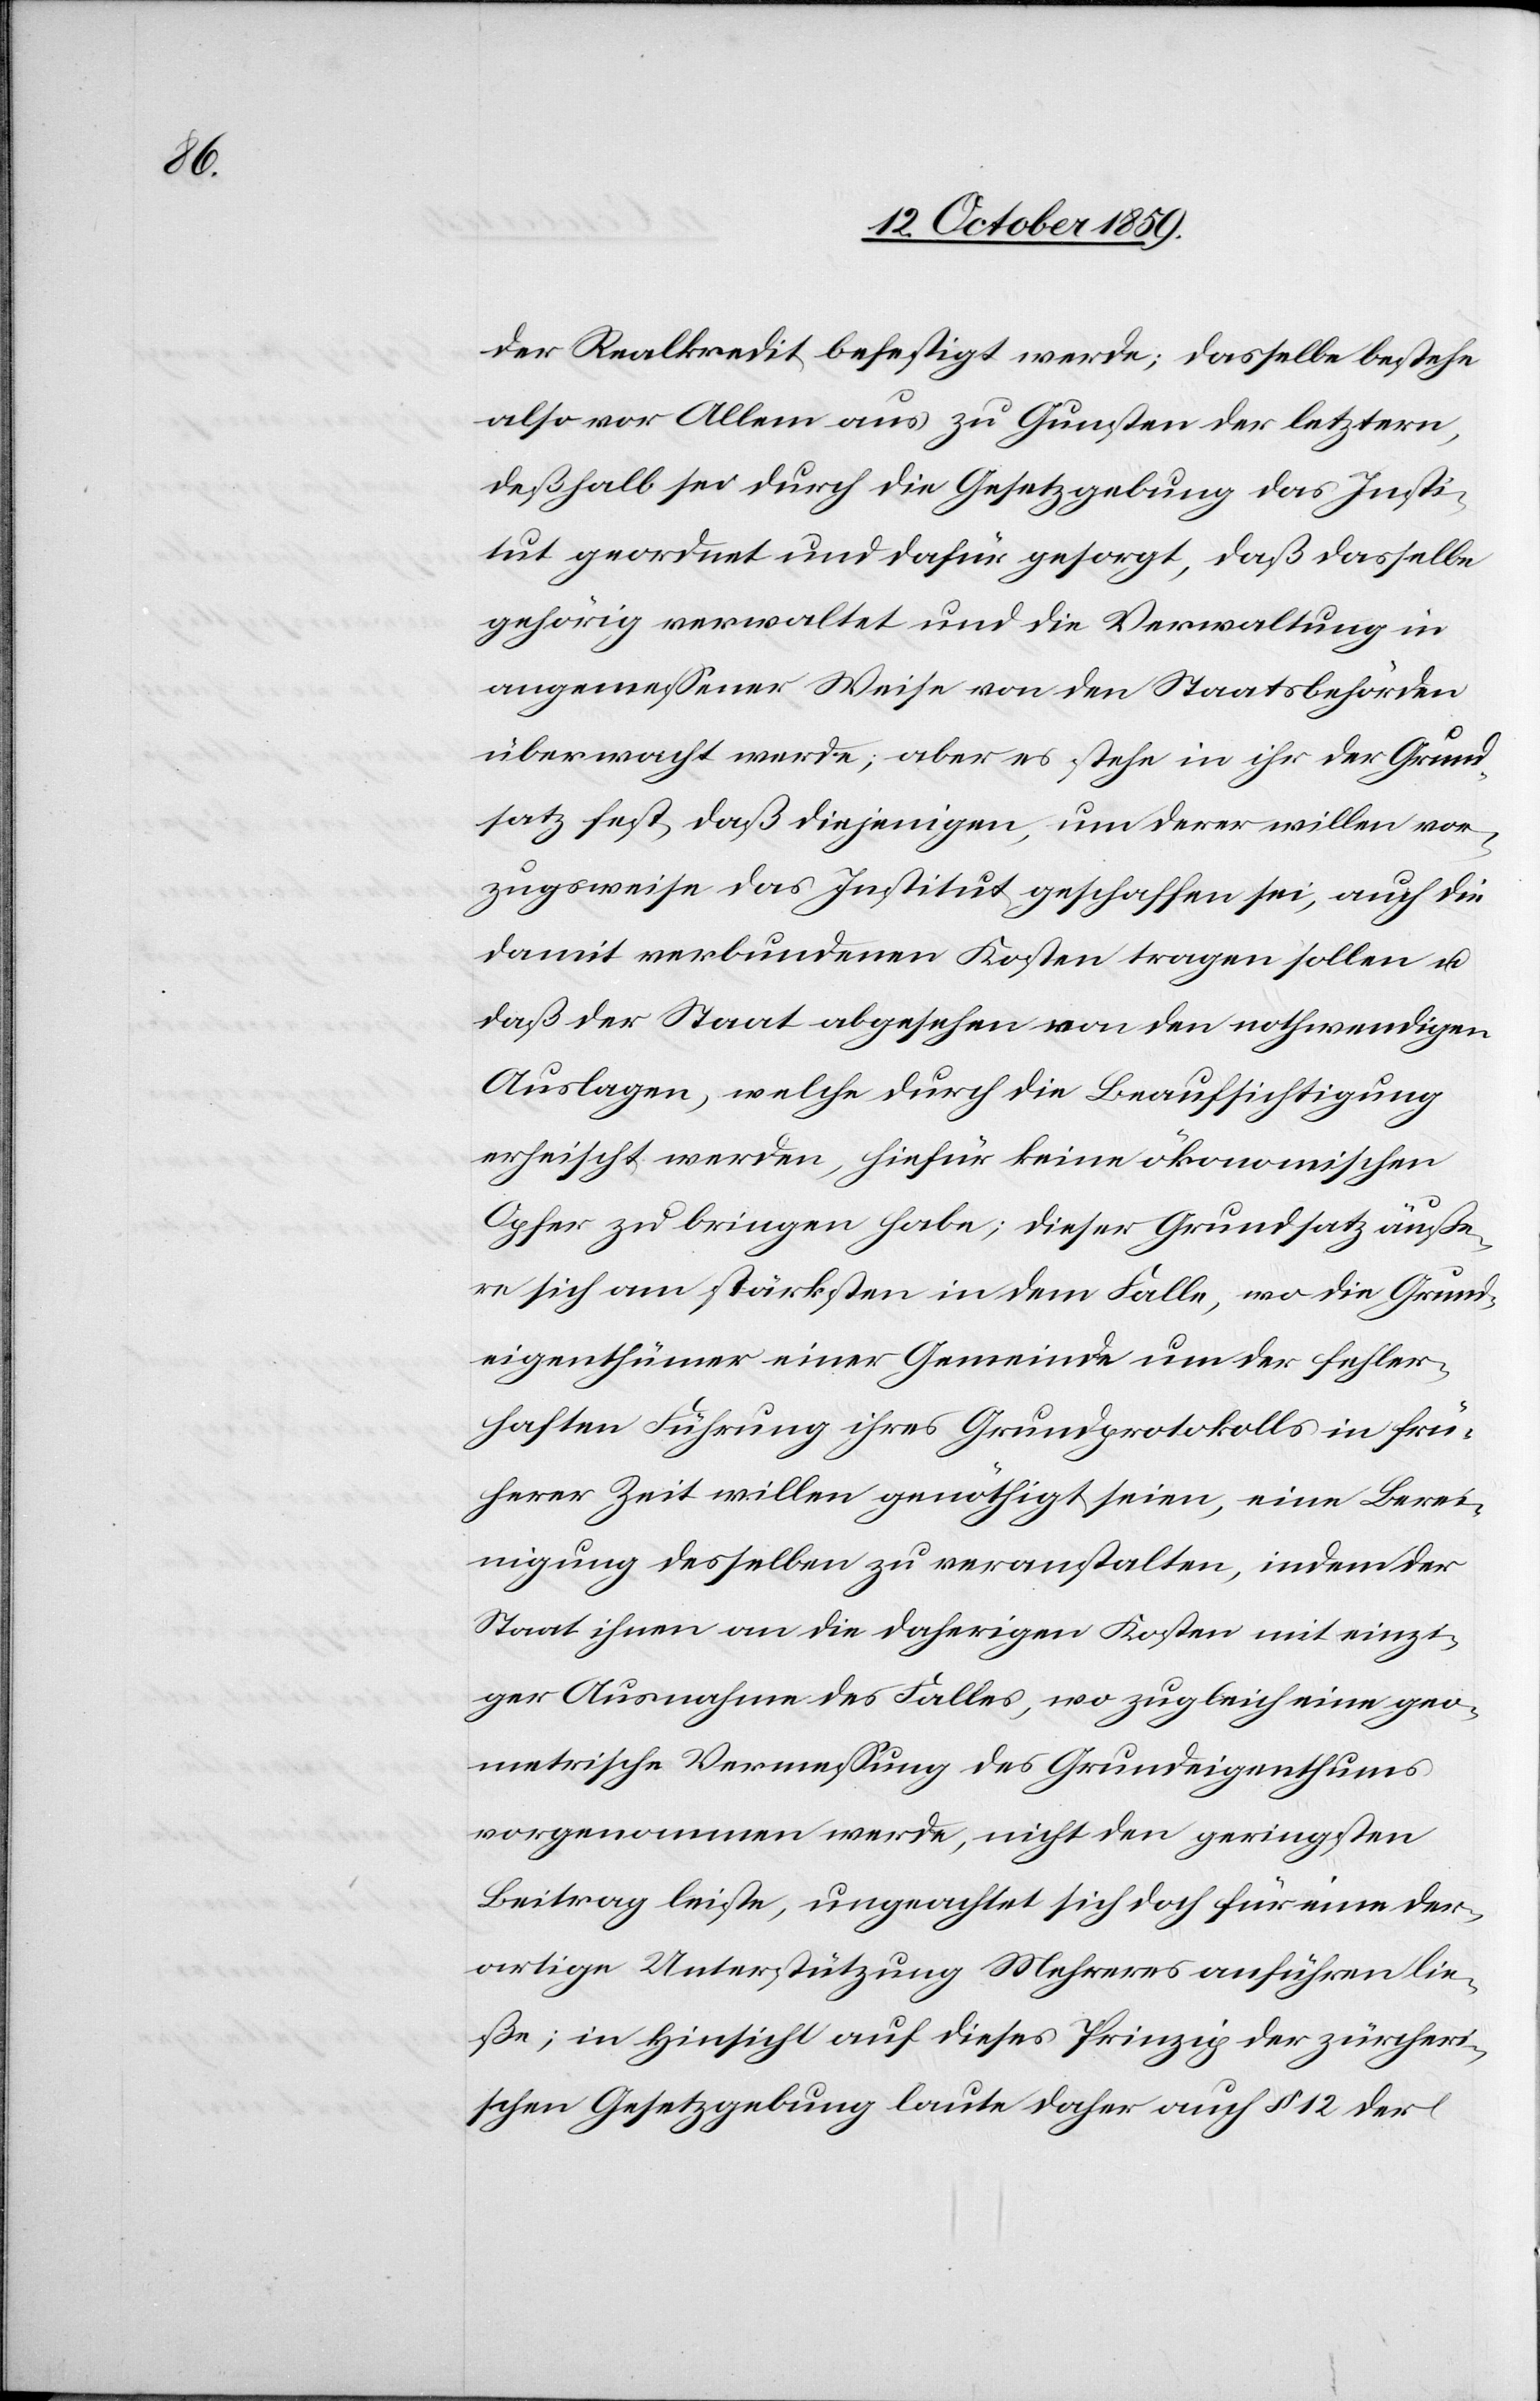
der Realkredit befestigt werde; dasselbe bestehe
also vor Allem aus zu Gunsten der letztern,
deßhalb sei durch die Gesetzgebung das Insti¬
tut geordnet und dafür gesorgt, daß dasselbe
gehörig verwaltet und die Verwaltung in
angemessener Weise von den Staatsbehörden
überwacht werde; aber es stehe in ihr der Grund¬
satz fest, daß diejenigen, um derer willen vor¬
zugsweise das Institut geschaffen sei, auch die
damit verbundenen Kosten tragen sollen u.
daß der Staat abgesehen von den nothwendigen
Auslagen, welche durch die Beaufsichtigung
erheischt werden, hiefür keine ökonomischen
Opfer zu bringen habe; dieser Grundsatz äuße¬
re sich am stärksten in dem Falle, wo die Grund¬
eigenthümer einer Gemeinde um der fehler¬
haften Führung ihres Grundprotokolls in frü¬
herer Zeit willen genöthigt seien, eine Berei¬
nigung desselben zu veranstalten, indem der
Staat ihnen an die daherigen Kosten mit einzi¬
ger Ausnahme des Falles, wo zugleich eine geo¬
metrische Vermessung des Grundeigenthums
vorgenommen werde, nicht den geringsten
Beitrag leisten, ungeachtet sich doch für eine der¬
artige Unterstützung Mehreres anführen lie¬
ße; in Hinsicht auf dieses Prinzip der zürcheri¬
schen Gesetzgebung baute daher auf § 12 der